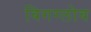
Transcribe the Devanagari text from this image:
बिगग्लोब